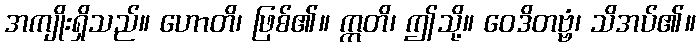
အကျိုးရှိသည်။ ဟောတိ၊ ဖြစ်၏။ ဣတိ၊ ဤသို့။ ဝေဒိတဗ္ဗံ၊ သိအပ်၏။